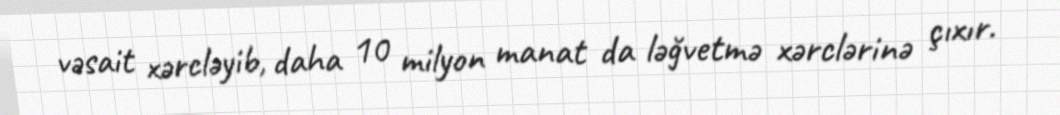
vəsait xərcləyib, daha 10 milyon manat da ləğvetmə xərclərinə çıxır.